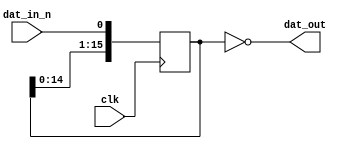
/*

  chattering_canceler.v 

  Removes chattering from dat_in with 16 bit shift register, and negates the value.
  
*/

module chattering_canceler (
	input 	clk,
	input 	dat_in_n,
	output  dat_out
);

  reg [15:0] buffer = 16'hFFFF;

  always @(posedge clk) begin
    buffer = { buffer[14:0], dat_in_n };
  end
  
  assign dat_out = (buffer == 16'h0000);

endmodule